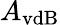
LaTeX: A_{\mathrm{vdB}}